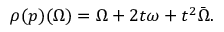
\rho ( p ) ( \Omega ) = \Omega + 2 t \omega + t ^ { 2 } \bar { \Omega } .